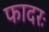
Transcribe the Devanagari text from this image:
फादरः